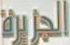
الجزيرة